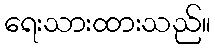
ရေးသားထားသည်။